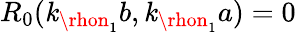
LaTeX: R_{0}(\mathit{k}_{\rhon_{1}}b,\mathit{k}_{\rhon_{1}}a)=0